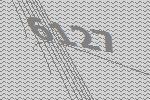
6127